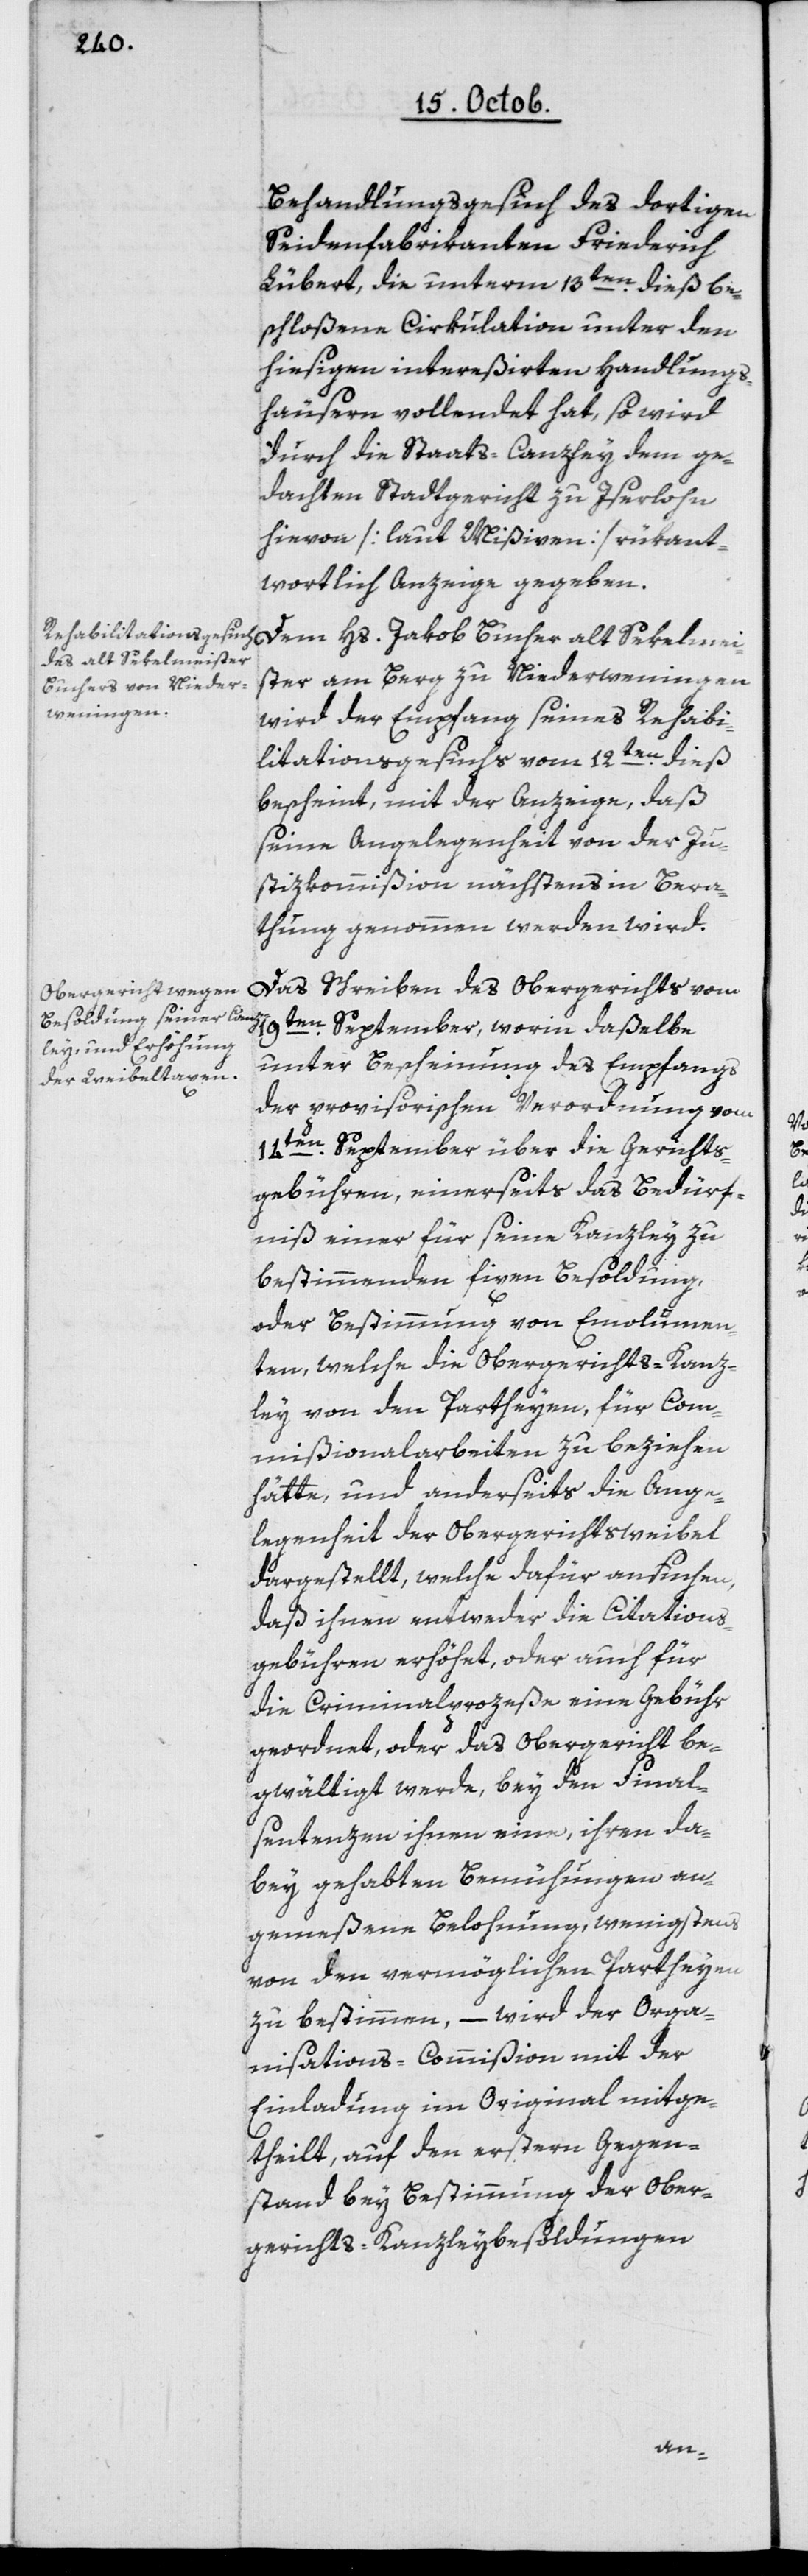
Behandlungsgesuch des dortigen
Seidenfabrikanten Friedrich
Lübert, die unterm 13ten dieß be¬
schloßene Cirkulation unter den
hiesigen intereßirten Handlungs¬
häusern vollendet hat, so wird
durch die Staats-Canzley dem ge¬
dachten Stadtgericht zu Iserlohn
hievon [laut Mißiven] rükant¬
wortlich Anzeige gegeben.
Dem Hs. Jakob Bucher, alt Sekelmei¬
ster am Berg zu Niederweningen,
wird der Empfang seines Rehabi¬
litationsgesuchs vom 12ten dieß
bescheint, mit der Anzeige, daß
seine Angelegenheit von der Ju¬
stizkommißion nächstens in Bera¬
thung genommen werden wird.
Das Schreiben des Obergerichts vom
unter Bescheinung des Empfangs
der provisorischen Verordnung vom
14ten September über die Gerichts¬
gebühren, einerseits das Bedürf¬
niß einer für seine Kanzley zu
bestimmenden fixen Besoldung,
oder Bestimmung von Emolumen¬
ten, welche die Obergerichts-Kanz¬
ley von den Partheyen, für Com¬
mißionalarbeiten zu beziehen
hätte, und anderseits die Ange¬
legenheit der Obergerichtsweibel
dargestellt, welche dafür ansuchen,
daß ihnen entweder die Citations¬
gebühren erhöht oder auch für
die Criminalprozeße eine Gebühr
geordnet, oder das Obergericht be¬
gwältigt werde, bey den Final¬
sentenzen ihnen eine, ihren da¬
bey gehabten Bemühungen an¬
gemeßene Belohnung, wenigstens
von den vermöglichen Partheyen
zu bestimmen, – wird der Orga¬
nisations-Commißion mit der
Einladung im Original mitge¬
theilt, auf den erstern Gegen¬
stand bey Bestimmung der Ober¬
gerichts-Kanzleybesoldungen